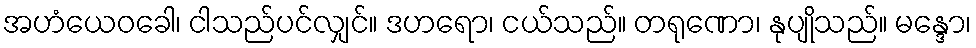
အဟံယေဝခေါ၊ ငါသည်ပင်လျှင်။ ဒဟရော၊ ငယ်သည်။ တရုဏော၊ နုပျိုသည်။ မန္ဒော၊